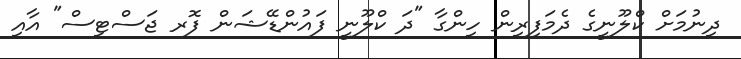
ދިނުމަށް ކްލޫނީގެ ދެމަފިރިން ހިންގާ "ދަ ކްލޫނީ ފައުންޑޭޝަން ފޮރ ޖަސްޓިސް" އާއި